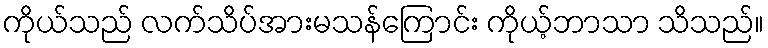
ကိုယ်သည် လက်သိပ်အားမသန်ကြောင်း ကိုယ့်ဘာသာ သိသည်။